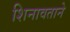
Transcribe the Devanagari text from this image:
शिनावताने